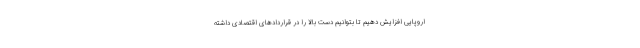
اروپایی افزایش دهیم تا بتوانیم دست بالا را در قراردادهای اقتصادی داشته